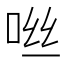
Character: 咝